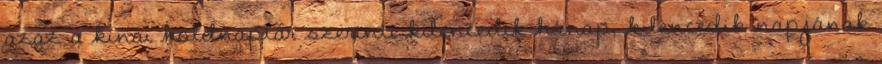
azaz a kínai holdnaptár szerinti kilencedik hónap, kilencedik napjának